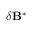
\delta \mathbf { B } ^ { * }